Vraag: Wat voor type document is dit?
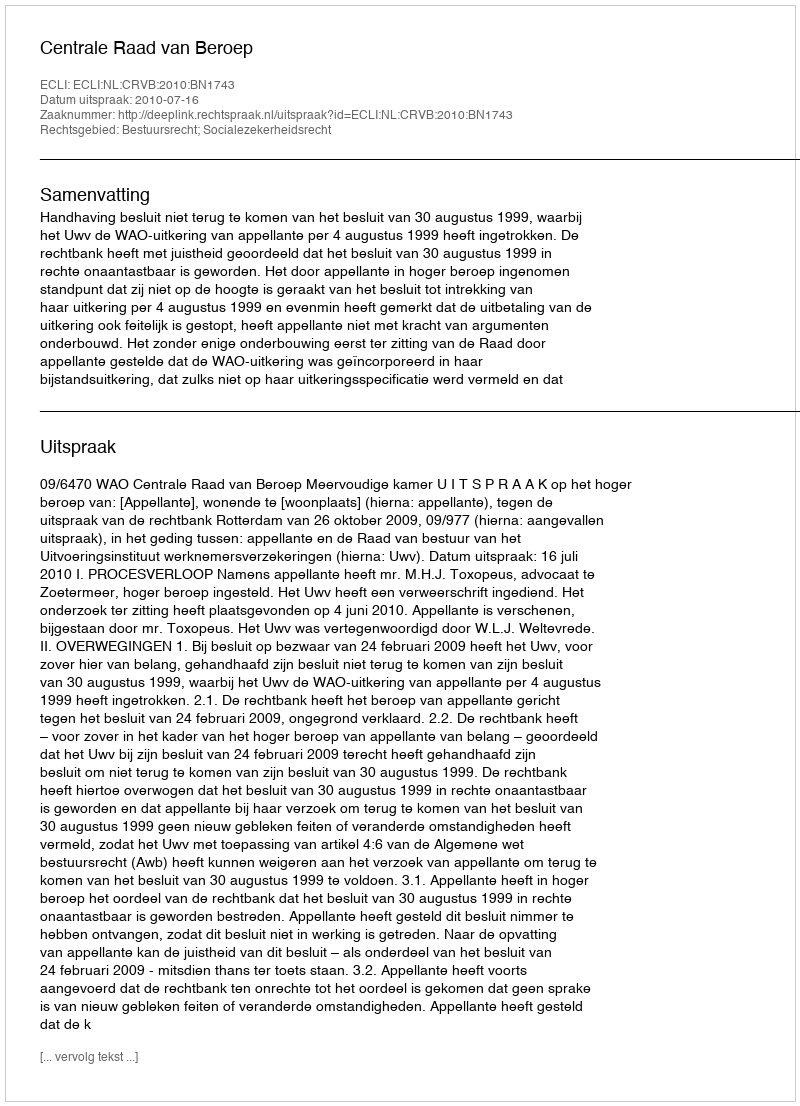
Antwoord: Uitspraak